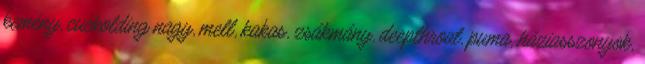
kemény, cuckolding nagy, mell, kakas, zsákmány, deepthroat, puma, háziasszonyok,